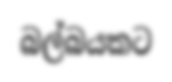
බල්බයකට